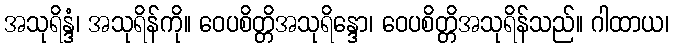
အသုရိန္ဒံ၊ အသုရိန်ကို။ ဝေပစိတ္တိအသုရိန္ဒော၊ ဝေပစိတ္တိအသုရိန်သည်။ ဂါထာယ၊